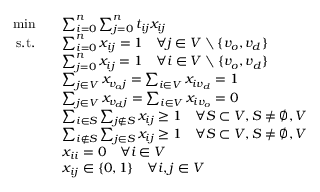
\begin{array} { r l } { \operatorname* { m i n } \quad } & { \sum _ { i = 0 } ^ { n } \sum _ { j = 0 } ^ { n } t _ { i j } x _ { i j } } \\ { \mathrm { s . t . } \quad } & { \sum _ { i = 0 } ^ { n } x _ { i j } = 1 \quad \forall j \in V \setminus \{ v _ { o } , v _ { d } \} } \\ & { \sum _ { j = 0 } ^ { n } x _ { i j } = 1 \quad \forall i \in V \setminus \{ v _ { o } , v _ { d } \} } \\ & { \sum _ { j \in V } x _ { v _ { o } j } = \sum _ { i \in V } x _ { i v _ { d } } = 1 } \\ & { \sum _ { j \in V } x _ { v _ { d } j } = \sum _ { i \in V } x _ { i v _ { o } } = 0 } \\ & { \sum _ { i \in S } \sum _ { j \notin S } x _ { i j } \geq 1 \quad \forall S \subset V , S \neq \emptyset , V } \\ & { \sum _ { i \notin S } \sum _ { j \in S } x _ { i j } \geq 1 \quad \forall S \subset V , S \neq \emptyset , V } \\ & { x _ { i i } = 0 \quad \forall i \in V } \\ & { x _ { i j } \in \{ 0 , 1 \} \quad \forall i , j \in V } \end{array}